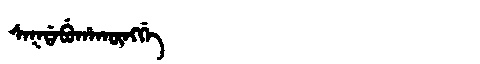
Manchu: ᠰᠠᡴᡩᠠᠪᡠᡥᠠᡴᡡᠩᡤᡝ
Romanization: SAKDABUHAKŪNGGE